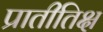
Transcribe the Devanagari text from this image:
प्रातीतिक्ष